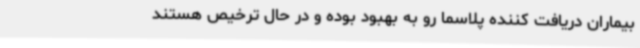
بیماران دریافت کننده پلاسما رو به بهبود بوده و در حال ترخیص هستند